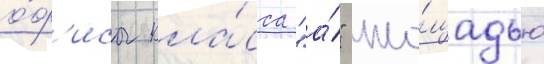
о́ф'исы кла́сса "а́" пло́щадью